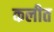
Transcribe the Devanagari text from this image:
कलीत